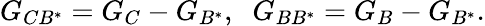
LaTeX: G_{CB^{\ast}}=G_{C}-G_{B^{\ast}},\; \; G_{BB^{\ast}}=G_{B}-G_{B^{\ast}}.